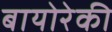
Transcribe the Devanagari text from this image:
बायोरेकी